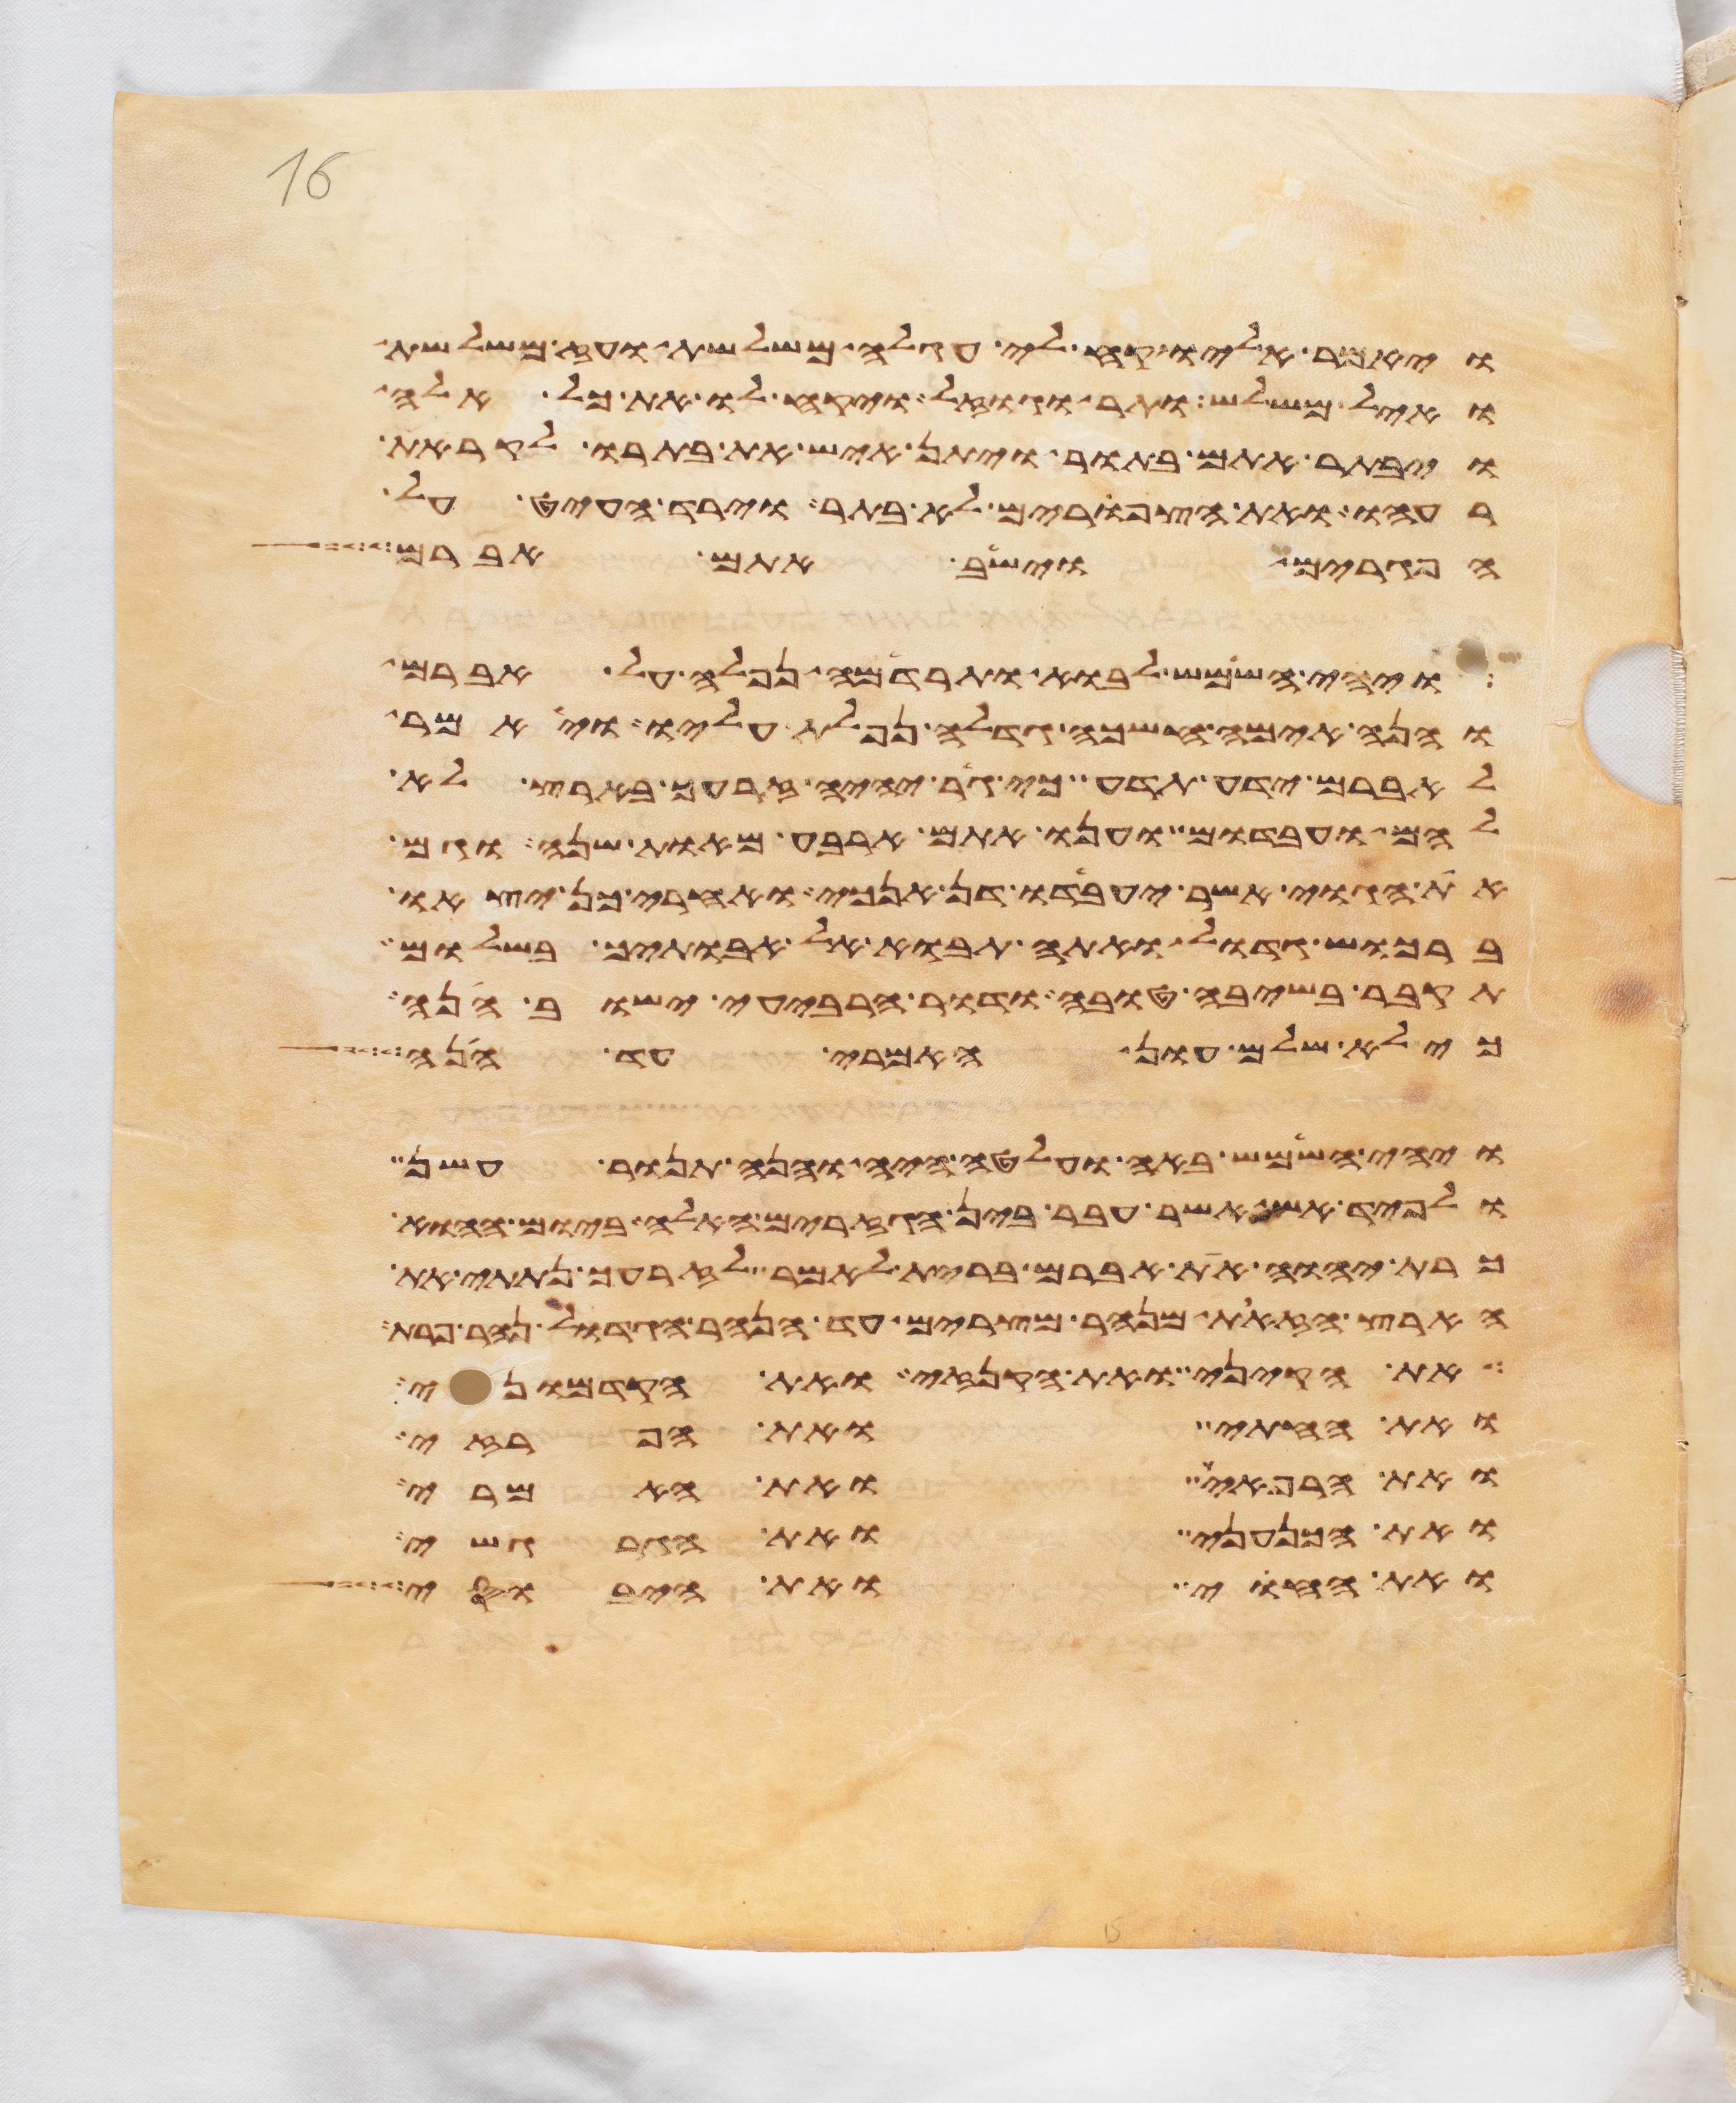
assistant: ויאמר אליו קח לי עגלה משלשת ועז משלשת
ואיל משלש ותר וגוזל ויקח לו את כל אלה
ויבתר אתם בתור ויתן איש את בתרו לקראת
רעהו ואת הצפורים לא בתר וירד העיט על
הפגרים וישב אתם אברם
ויהי השמש לבוא ותרדמה נפלה על אברם
והנה אימה חשכה גדלה נפלת עליו ויאמר
לאברם ידע תדע כי גר יהיה זרעך בארץ לא
להם ועבדום וענו אתם ארבע מאות שנה וגם
את הגוי אשר יעבדו דן אנכי ואחרי כן יצאו
ברכוש גדול ואתה תבוא אל אבתיך בשלום
תקבר בשיבה טובה ודור הרביעי ישוב הנה
כי לא שלם עון האמרי עד הנה
ויהי השמש באה ועלטה היה והנה תנור עשן
ולפיד אש אשר עבר בין הגזרים האלה ביום ההוא
כרת יהוה את אברם ברית לאמר לזרעך נתתי את
הארץ הזאת מנהר מצרים עד הנהר הגדול נהר פרת
את הקיני ואת הקנזי ואת הקדמוני
ואת החתי ואת הפרזי
ואת הרפאים ואת האמרי
ואת הכנעני ואת הגרגשי
ואת החוי ואת היבוסי